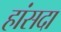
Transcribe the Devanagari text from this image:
हांसदा